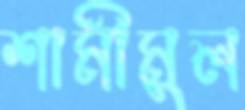
শামীমুল